Report of the Municipal Commissioner on the plague in Bombay for the year ending 31st May... - Volume 2
Disease focus: Plague
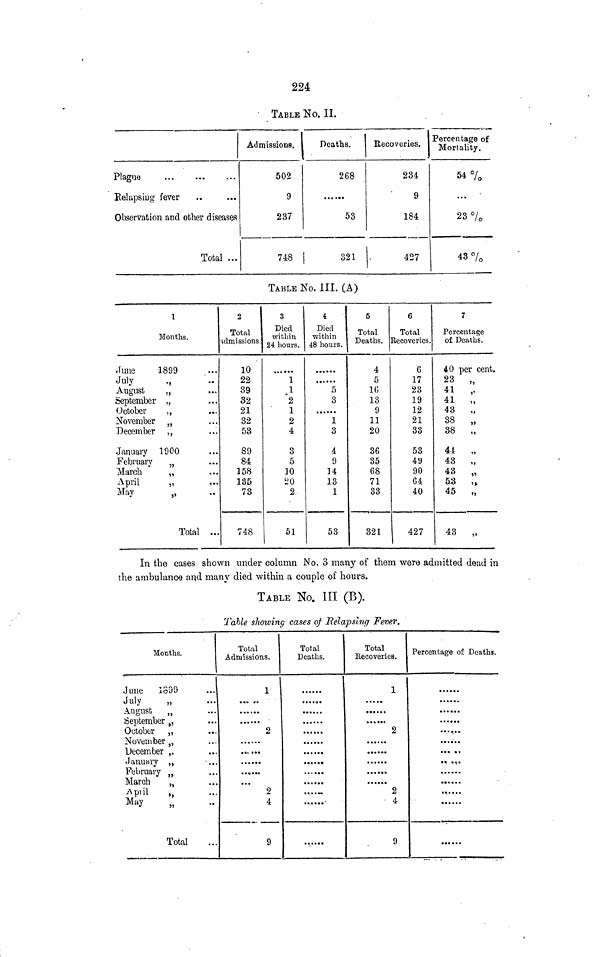
224
TABLE No. II.
Plague
Relapsiug fever
Observation and other diseases
Total ...
Admissions.
502
9
237
748
1 Deaths.
268
53
321
Recoveries.
234
9
184
427
Percentage of
Mortality.
54%
...
23%
43%
TABLE No. III. (A)
1
Months.
•June
-1899
July
„
August
,
September .
October
...
November
December
January 1900
February
n
March
„
April
„
May
„
Total ...
2
Total
•ulmissions.
10
22
39
32
21
32
53
89
84
158
135
73
748
3
Died
within
24 hours.
1
1
2
1
2
4
3
5
10
20
2
51
4
Died
within
48 hours.
... ••»
5
3
1
3
4
9
14
13
1
53
5
Total
Deaths.
4
5
10
13
9
11
20
36
35
68
71
33
321
6
Total
Recoveries.
6
17
23
19
12
21
33
53
49
90
G4
40
427
7
Percentage
of Deaths.
40 per cent.
23 „
41 „
41 „
43
38 „
38 „
44 „
43 „
43 „
5-3 ,»
45 „
43 „
In the cases shown under column No. 3 many of them were admitted dead in
the ambulance and many died within a couple of hours.
TABLE No. HI (B).
Table showing cases of Relapsing Fever.
Months.
June 1899
July
„
August
„
September >5
October „
November ,
December ,,
January „
February
March
„
April
„
May
„
Total
Total
Admissions.
1
... >..
2
......
2
4
9
Total
Deaths.
......
......
......
......
......'
......
Total
Recoveries.
1
......
2
......
2
• 4
9
Percentage of Deaths.
••••••
••• • ••
* •» • • »
•* ••.»
••» • • •